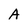
Character: A